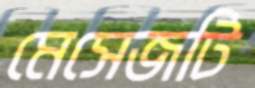
মেসেজটি